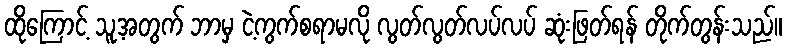
ထိုကြောင့် သူ့အတွက် ဘာမှ ငဲ့ကွက်စရာမလို လွတ်လွတ်လပ်လပ် ဆုံးဖြတ်ရန် တိုက်တွန်းသည်။